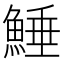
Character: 𩸫